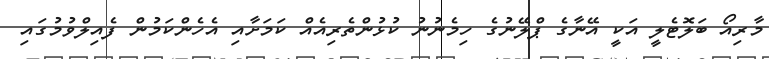
މާރިއޯ ބަލޮޓެލީ އަކީ އޭނާގެ ޕްލޭނުގެ ހިމެނުނު ކުޅުންތެރިއެއް ކަމަށާއި އެހެންކަމުން ފެއިލްވުމުގައި